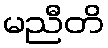
မညီတိ